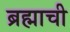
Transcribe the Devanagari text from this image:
ब्रह्माची